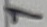
Text: 1